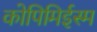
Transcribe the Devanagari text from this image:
कोपिमिईस्म